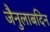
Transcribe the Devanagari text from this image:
जैनुलाबदिन